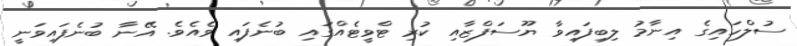
ސުލްހައިގެ އިނާމު ލިބިފައިވާ ޔޫސަފްޒާއި ކުރި ޓްވީޓެއްގައި ބުނެފައި ވެއެވެ. އޭނާ ބުނެފައިވަނީ